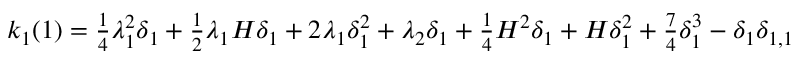
\begin{array} { r } { k _ { 1 } ( 1 ) = \frac { 1 } { 4 } \lambda _ { 1 } ^ { 2 } \delta _ { 1 } + \frac { 1 } { 2 } \lambda _ { 1 } H \delta _ { 1 } + 2 \lambda _ { 1 } \delta _ { 1 } ^ { 2 } + \lambda _ { 2 } \delta _ { 1 } + \frac { 1 } { 4 } H ^ { 2 } \delta _ { 1 } + H \delta _ { 1 } ^ { 2 } + \frac { 7 } { 4 } \delta _ { 1 } ^ { 3 } - \delta _ { 1 } \delta _ { 1 , 1 } } \end{array}